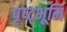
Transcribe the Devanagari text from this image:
पृष्ट्भूमि